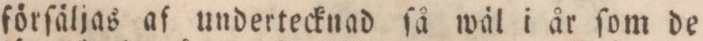
förſäljas af undertecknad ſå wäl i år ſom de